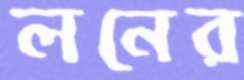
লনের